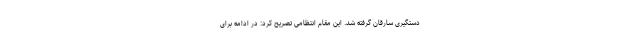
دستگیری سارقان گرفته شد. این مقام انتظامی تصریح کرد: در ادامه برای